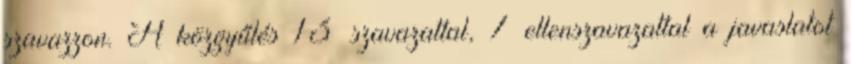
szavazzon. A közgyűlés 13 szavazattal, 7 ellenszavazattal a javaslatot